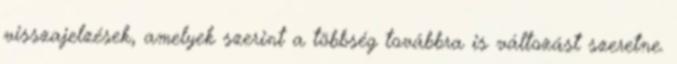
visszajelzések, amelyek szerint a többség továbbra is változást szeretne.